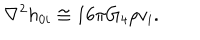
LaTeX: \nabla ^ { 2 } h _ { 0 i } \cong 1 6 \pi G _ { 4 } \rho v _ { i } .